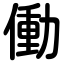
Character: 働